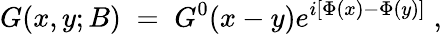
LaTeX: G(x,y;B)\; =\; G^{0}(x-y)e^{i[\Phi(x)-\Phi(y)]}\; ,